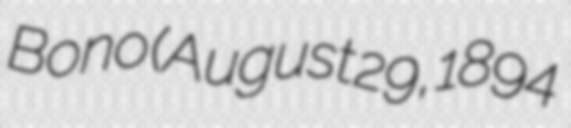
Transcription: Bono (August 29, 1894